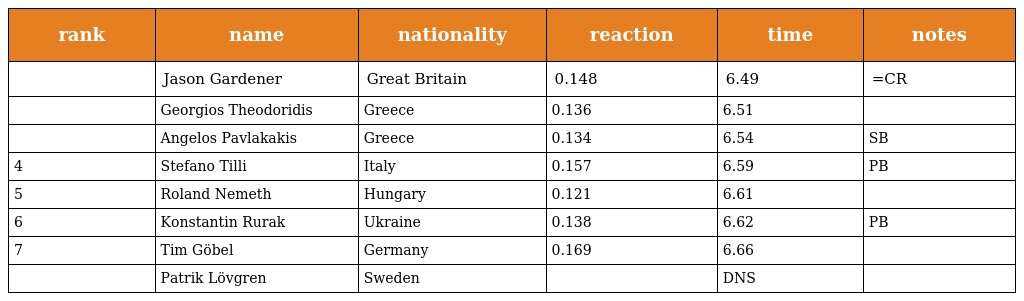
| rank | name | nationality | reaction | time | notes |
 | --- | --- | --- | --- | --- | --- |
 |  | Jason Gardener | Great Britain | 0.148 | 6.49 | =CR |
 |  | Georgios Theodoridis | Greece | 0.136 | 6.51 |  |
 |  | Angelos Pavlakakis | Greece | 0.134 | 6.54 | SB |
 | 4 | Stefano Tilli | Italy | 0.157 | 6.59 | PB |
 | 5 | Roland Nemeth | Hungary | 0.121 | 6.61 |  |
 | 6 | Konstantin Rurak | Ukraine | 0.138 | 6.62 | PB |
 | 7 | Tim Göbel | Germany | 0.169 | 6.66 |  |
 |  | Patrik Lövgren | Sweden |  | DNS |  |